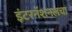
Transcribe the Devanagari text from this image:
इंटरनॅशनलचा